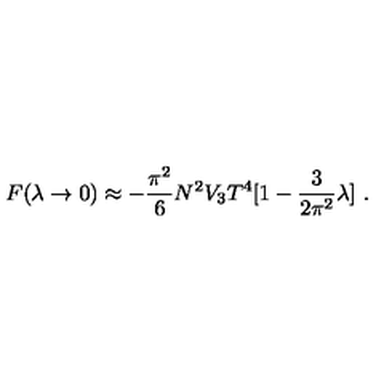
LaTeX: { } F ( \lambda \to 0 ) \approx - \frac { \pi ^ { 2 } } { 6 } N ^ { 2 } V _ { 3 } T ^ { 4 } [ 1 - \frac { 3 } { 2 \pi ^ { 2 } } \lambda ] \ .